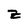
Character: z